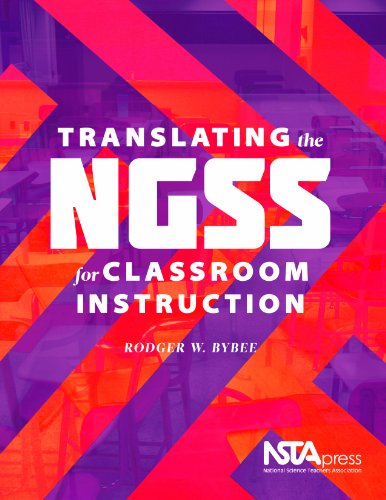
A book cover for Translating the NGSS for Classroom Instruction - PB341X; Rodger W. Bybee; Science & Math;